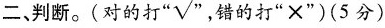
二、判断。(对的打"\surd " ，错的打”×”)(5分)